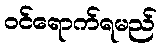
ဝင်ရောက်ရမည်